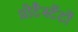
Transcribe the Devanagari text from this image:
प्रोटैस्टेंटों